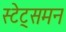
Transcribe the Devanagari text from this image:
स्टेट्समन